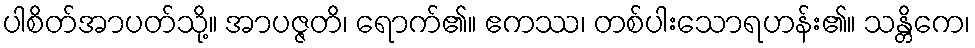
ပါစိတ်အာပတ်သို့။ အာပဇ္ဇတိ၊ ရောက်၏။ ဧကဿ၊ တစ်ပါးသောရဟန်း၏။ သန္တိကေ၊